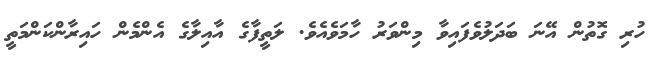
ހުރި ގޮތުން އޭނަ ބަދަލުވެފައިވާ މިންވަރު ހާމަވެއެވެ. ލަތީފާގެ އާއިލާގެ އެންމެން ހައިރާންކަންމަތީ